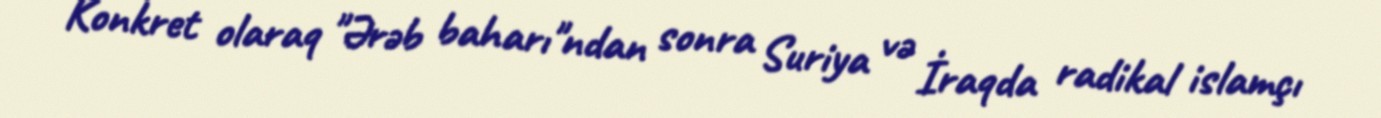
Konkret olaraq "Ərəb baharı"ndan sonra Suriya və İraqda radikal islamçı